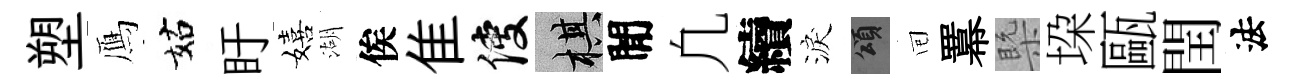
塑鴈姑盱嬉湖俟隹使棋閒凢續淚頌囘羃槩垜甌閏法